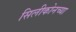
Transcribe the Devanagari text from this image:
सिलीकोनच्या